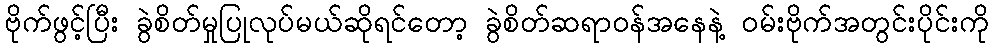
ဗိုက်ဖွင့်ပြီး ခွဲစိတ်မှုပြုလုပ်မယ်ဆိုရင်တော့ ခွဲစိတ်ဆရာဝန်အနေနဲ့ ဝမ်းဗိုက်အတွင်းပိုင်းကို